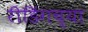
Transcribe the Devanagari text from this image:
रीडिंगच्या